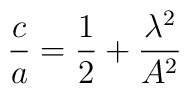
\frac{c}{a} = \frac{1}{2} + \frac{\lambda ^{2}}{A^{2}}